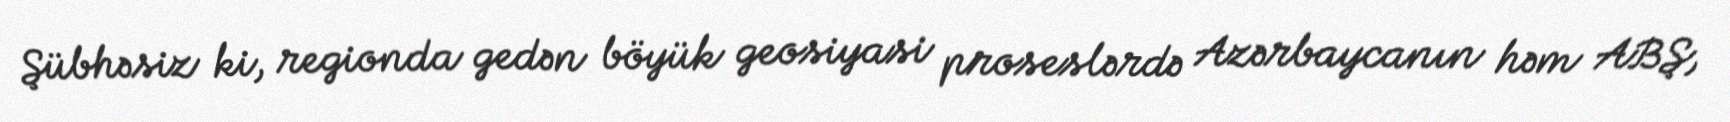
Şübhəsiz ki, regionda gedən böyük geosiyasi proseslərdə Azərbaycanın həm ABŞ,